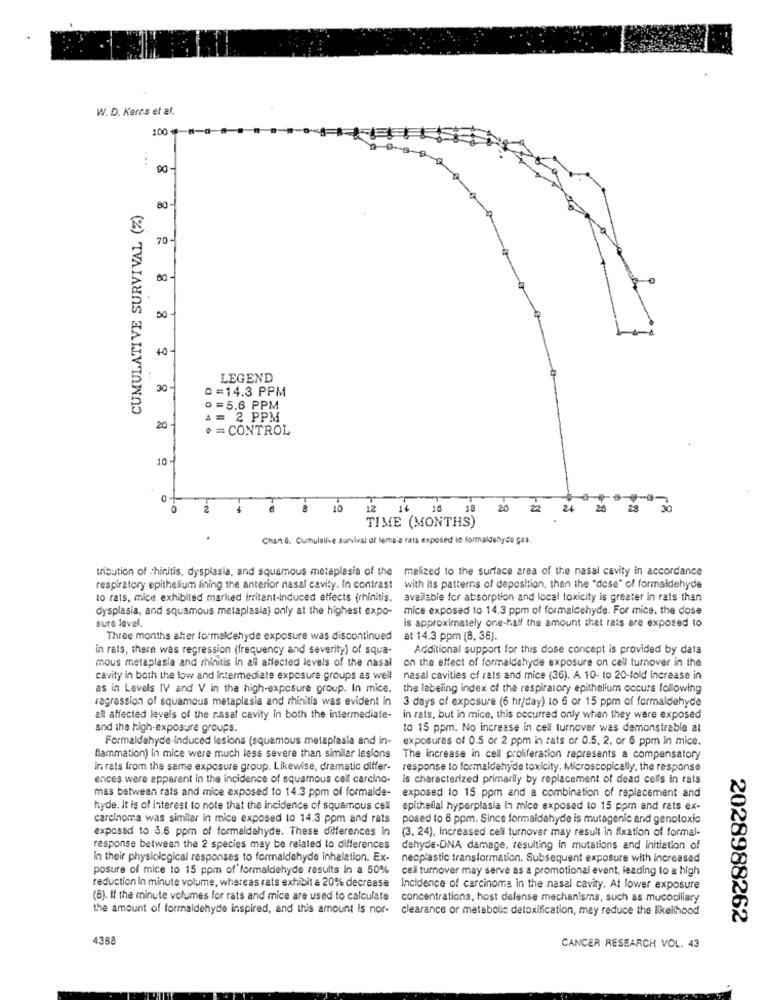
W. D. Kerns et al.
100
:
90-
CUMULATIVE SURVIVAL (%)
80 -
70-
00 -
00-
40-
LEGEND
30 -
8 2 8 8 $ 8
0=14.3 PPM
o =5.6 PPM
A = 2 PPM
20
+ = CONTROL
10
10
12
18
20
24
20
28
30
TIME (MONTHS)
Chan 6. Cumulative survival of lamala rais exposed to formaldehyde ges.
tribution of chinitis, dysplasia, and squamous metaplasia of the melized to the surface area of the nasal cavity in accordance
respiratory epithelium lining the anterior nasal cavity. In contrast
with its patterns of deposition, then the "dose" of formaldehyde
to rats, mice exhibited marked irritant-induced effects (rhinitis.
available for absorption and local toxicity is greater in rats than
dysplasia, and squamous metaplasia) only at the highest expo-
mice exposed to 14.3 ppm of formaldehyde. For mice, the dose
sure level.
is approximately one-half the amount that rats are exposed to
Three months after formaldehyde exposure was discontinued
at 14.3 ppm (8, 36).
in rats, there was regression (frequency and severity) of squa-
Additional support for this dose concept is provided by data
mous metaplasia and rhinitis in all affected levels of the nasal
on the effect of formaldehyde exposure on cell turnover in the
cavity in both the low and intermediate exposure groups as well
nasal cavities of rats and mice (36). A 10- 10 20-fold increase in
as in Levels IV and V in the high-exposure group. In mice, the labeling index of the respiratory epithelium occurs following
vagrassion of squamous metaplasia and rhinitis was evident in 3 days of exposure (6 hr/day) to 6 or 15 ppm of formaldehyde
ell affected levels of the nasal cavity in both the intermediate-
in rats, but in mice, this occurred only when they were exposed
and the high-exposure groups.
to 15 ppm. No increase in cell turnover was demonstrable at
Formaldehyde-induced lesions (squamous metaplasia and in-
exposures of 0.5 or 2 ppm in rats or 0.5. 2. or 6 ppm in mice.
flammation) in mice were much less severe than similar lesions
The increase in cell proliferation represents a compensatory
in rats from the same exposure group. Likewise, dramatic differ-
response to formaldehyde toxicity. Microscopically, the response
ences were apparent in the incidence of squamous cell carcino.
is characterized primarily by replacement of dead cells in rats
mas between rats and mice exposed to 14.3 ppm of formalde- exposed to 15 ppm and a combination of replacement and
hyde. It is of Interest to note that the incidence of squamous cell
epithelial hyperplasia in mice exposed to 15 ppm and rats ex-
carcinoma was similar in mice exposed to 14.3 ppm and rats
posed to 8 ppm. Since formaldehyde is mutagenic and genotoxic
exposed to 3.6 ppm of formaldehyde. These differences in
(3. 24), increased celi turnover may result in fixation of formal-
response between the 2 species may be related to differences
dehyde-DNA damage, resulting in mutations and Initiation of
in their physiological responses to formaldehyde Inhalation. Ex-
neoplastic transformation. Subsequent exposure with Increased
posure of mice to 15 ppm of formaldehyde results In a 50%
cell turnover may serve as a promotional event, leading to & high
reduction in minute volume, whereas rats exhibit a 20% decrease
Incidence of carcinoma in the nasal cavity. At lower exposure
(8). If the minute volumes for rats and mice are used to calculate
concentrations, host defense mechanisms, such as mucociliary
the amount of formaldehyde inspired, and this amount is nor-
clearance or metabolic detoxification, may reduce the likelihood
2028988262
4388
CANCER RESEARCH VOL. 43